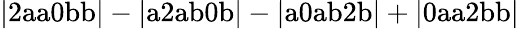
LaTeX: \mathrm{|2aa0bb|-|a2ab0b|-|a0ab2b|+|0aa2bb|}